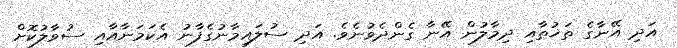
އަދި އޭނާގެ ތަޚުތާއި ދިމާލުން އޭނާ ގެންދެވުނެވެ. އަދި ސުލައިމާނުގެފާނު އެކަމަނާއާއި ސުވާލުކޮށް